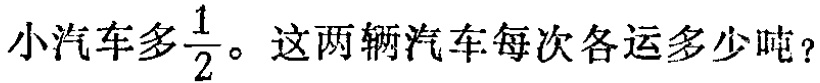
小汽车多\frac{1}{2}。这两辆汽车每次各运多少吨？